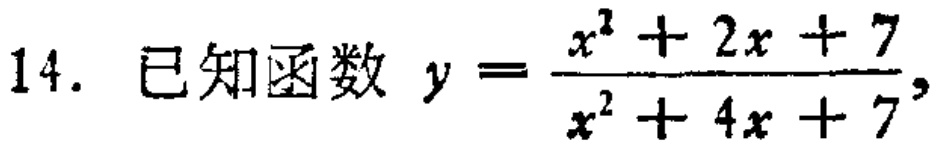
已知函数 \(y = \frac{x^{2}+2x + 7}{x^{2}+4x + 7}\)，